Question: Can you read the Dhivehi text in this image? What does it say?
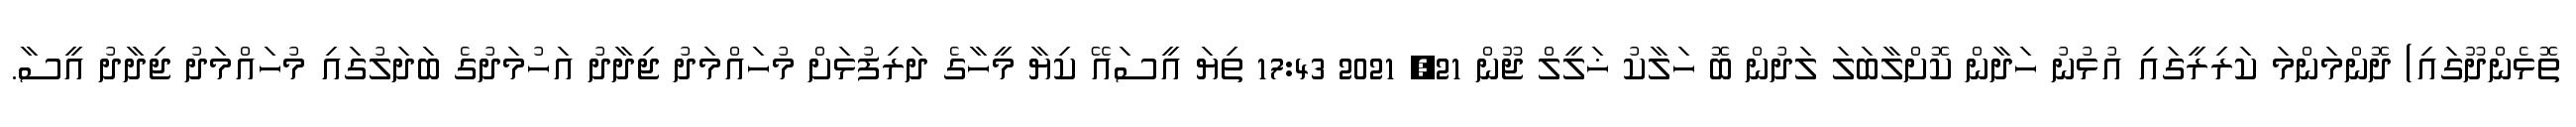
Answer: ތޮޅެންދޫގައި) ދޮންމަންމަ ކަރިރީގައި އުޅުނު ހަދާން ކޮށްލާބަލަ ލަދުން ބޮ ހަލާކު ޚަލީލް ޖޫން 21, 2021 17:43 ތިޔަ އީސައޭ ކިޔާ މީހާގެ ދަރިފުޅަށް މުހައްމަދު ޖިދާދު އަހުމަދުގެ ބަދަލުގައި މުހައްމަދު ޖިދާދު އީސާ.